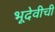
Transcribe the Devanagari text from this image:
भूदेवीची